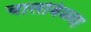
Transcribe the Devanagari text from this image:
चालविळ्या